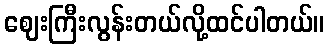
ဈေးကြီးလွန်းတယ်လို့ထင်ပါတယ်။